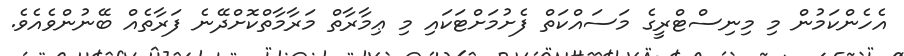
އެހެންކަމުން މި މިނިސްޓްރީގެ މަސައްކަތް ފެށުމަށްޓަކައި މި ޢިމާރާތް މަރާމާތްކޮށްދޭނެ ފަރާތެއް ބޭނުންވެއެވެ.